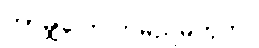
ဘာမျှပြောကြမည်မဟုတ်။